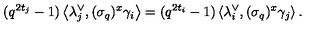
( q ^ { 2 t _ { j } } - 1 ) \left\langle \lambda _ { j } ^ { \vee } , ( \sigma _ { q } ) ^ { x } \gamma _ { i } \right\rangle = ( q ^ { 2 t _ { i } } - 1 ) \left\langle \lambda _ { i } ^ { \vee } , ( \sigma _ { q } ) ^ { x } \gamma _ { j } \right\rangle .